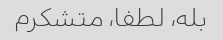
بله، لطفا، متشکرم